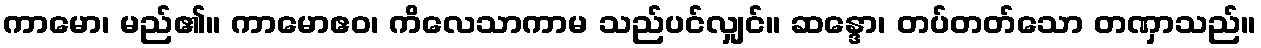
ကာမော၊ မည်၏။ ကာမောဧဝ၊ ကိလေသာကာမ သည်ပင်လျှင်။ ဆန္ဒော၊ တပ်တတ်သော တဏှာသည်။